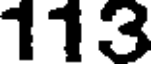
113